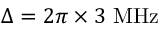
\Delta = 2 \pi \times 3 ~ \mathrm { M H z }